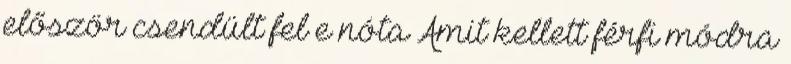
először csendült fel e nóta Amit kellett férfi módra